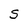
Character: S